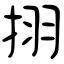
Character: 挧